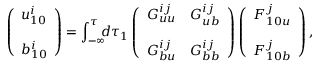
\left( { \begin{array} { c } { u _ { 1 0 } ^ { i } } \\ { b _ { 1 0 } ^ { i } \rule { 0 ex } { 5 ex } } \end{array} } \right) = \int _ { - \infty } ^ { \tau } \! \! \! d \tau _ { 1 } \left( { \begin{array} { c c } { G _ { u u } ^ { i j } } & { G _ { u b } ^ { i j } } \\ { G _ { b u } ^ { i j } } & { G _ { b b } ^ { i j } \rule { 0 ex } { 5 ex } } \end{array} } \right) \left( { \begin{array} { c } { F _ { 1 0 u } ^ { j } } \\ { F _ { 1 0 b } ^ { j } \rule { 0 ex } { 5 ex } } \end{array} } \right) ,